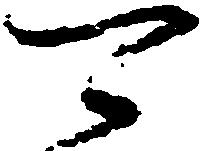
可